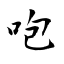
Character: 咆